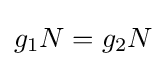
g_{1}N=g_{2}N